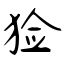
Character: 猃